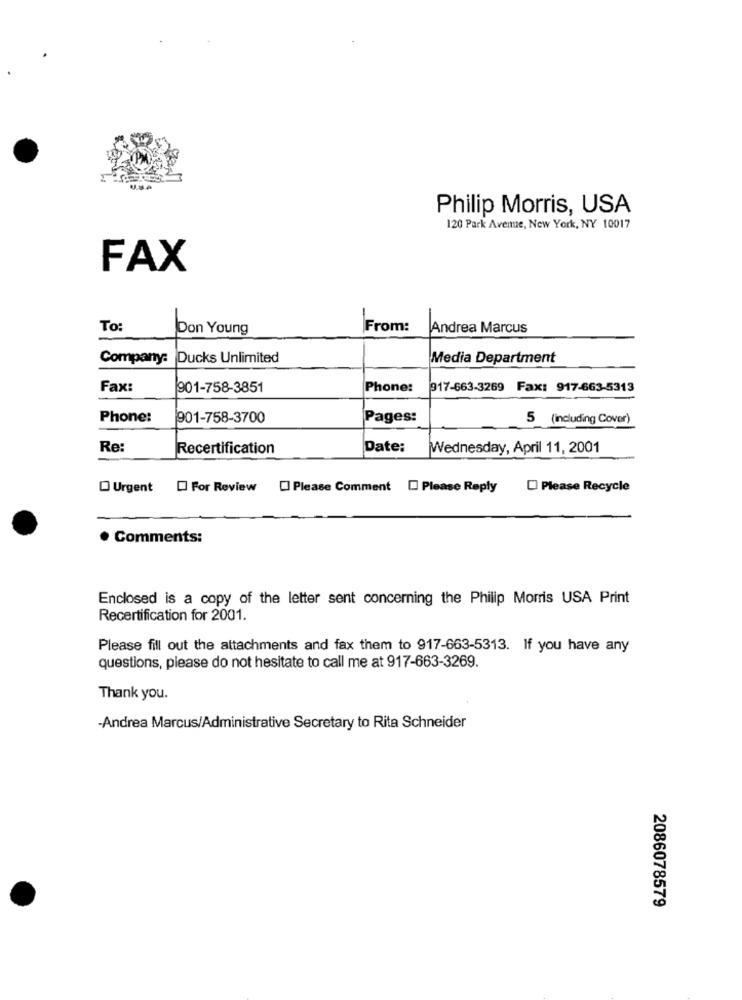
Philip Morris, USA
120 Park Avenue, New York, NY 10017
FAX
To:
Don Young
From:
Andrea Marcus
Company:
Ducks Unlimited
Media Department
Fax:
901-758-3851
Phone:
917-663-3269 Fax: 917-663-5313
Phone:
901-758-3700
Pages:
5 (including Cover)
Re:
Recertification
Date:
Wednesday, April 11, 2001
Urgent
For Review
Please Comment [ Please Reply
Please Recycle
Comments:
Enclosed is a copy of the letter sent concerning the Philip Morris USA Print
Recertification for 2001.
Please fill out the attachments and fax them to 917-663-5313. If you have any
questions, please do not hesitate to call me at 917-663-3269.
Thank you.
-Andrea Marcus/Administrative Secretary to Rita Schneider
2086078579